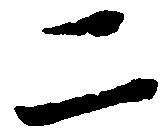
二